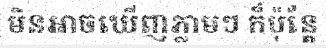
មិនអាចឃើញភ្លាមៗ ក៏ប៉ុន្តែ